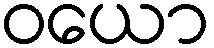
ဝယော